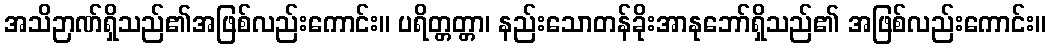
အသိဉာဏ်ရှိသည်၏အဖြစ်လည်းကောင်း။ ပရိတ္တတ္တာ၊ နည်းသောတန်ခိုးအာနုဘော်ရှိသည်၏ အဖြစ်လည်းကောင်း။